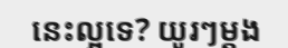
នេះល្អទេ? យូរៗម្តង